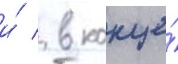
и́ / в конце́